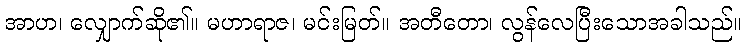
အာဟ၊ လျှောက်ဆို၏။ မဟာရာဇ၊ မင်းမြတ်။ အတီတော၊ လွန်လေပြီးသောအခါသည်။